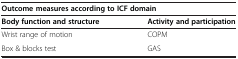
<table><thead><tr><td colspan="2"><b>Outcome measures according to ICF domain</b></td></tr><tr><td><b>Body function and structure</b></td><td><b>Activity and participation</b></td></tr></thead><tbody><tr><td>Wrist range of motion</td><td>COPM</td></tr><tr><td>Box &amp; blocks test</td><td>GAS</td></tr></tbody></table>